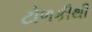
ટોળકીથી